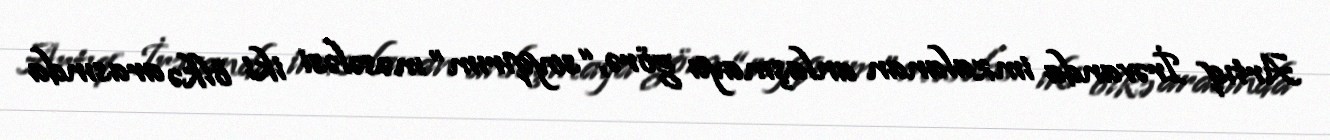
Artıq İrəvanda imzalanan anlaşmaya görə, “soyqırım” məsələsi iki ölkə arasında